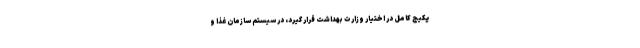
پکیج کامل در اختیار وزارت بهداشت قرار گیرد، در سیستم سازمان غذا و